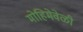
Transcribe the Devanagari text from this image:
मोहिमेवेळी